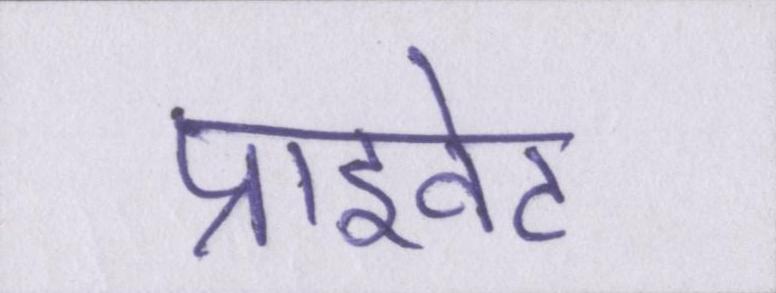
प्राइवेट